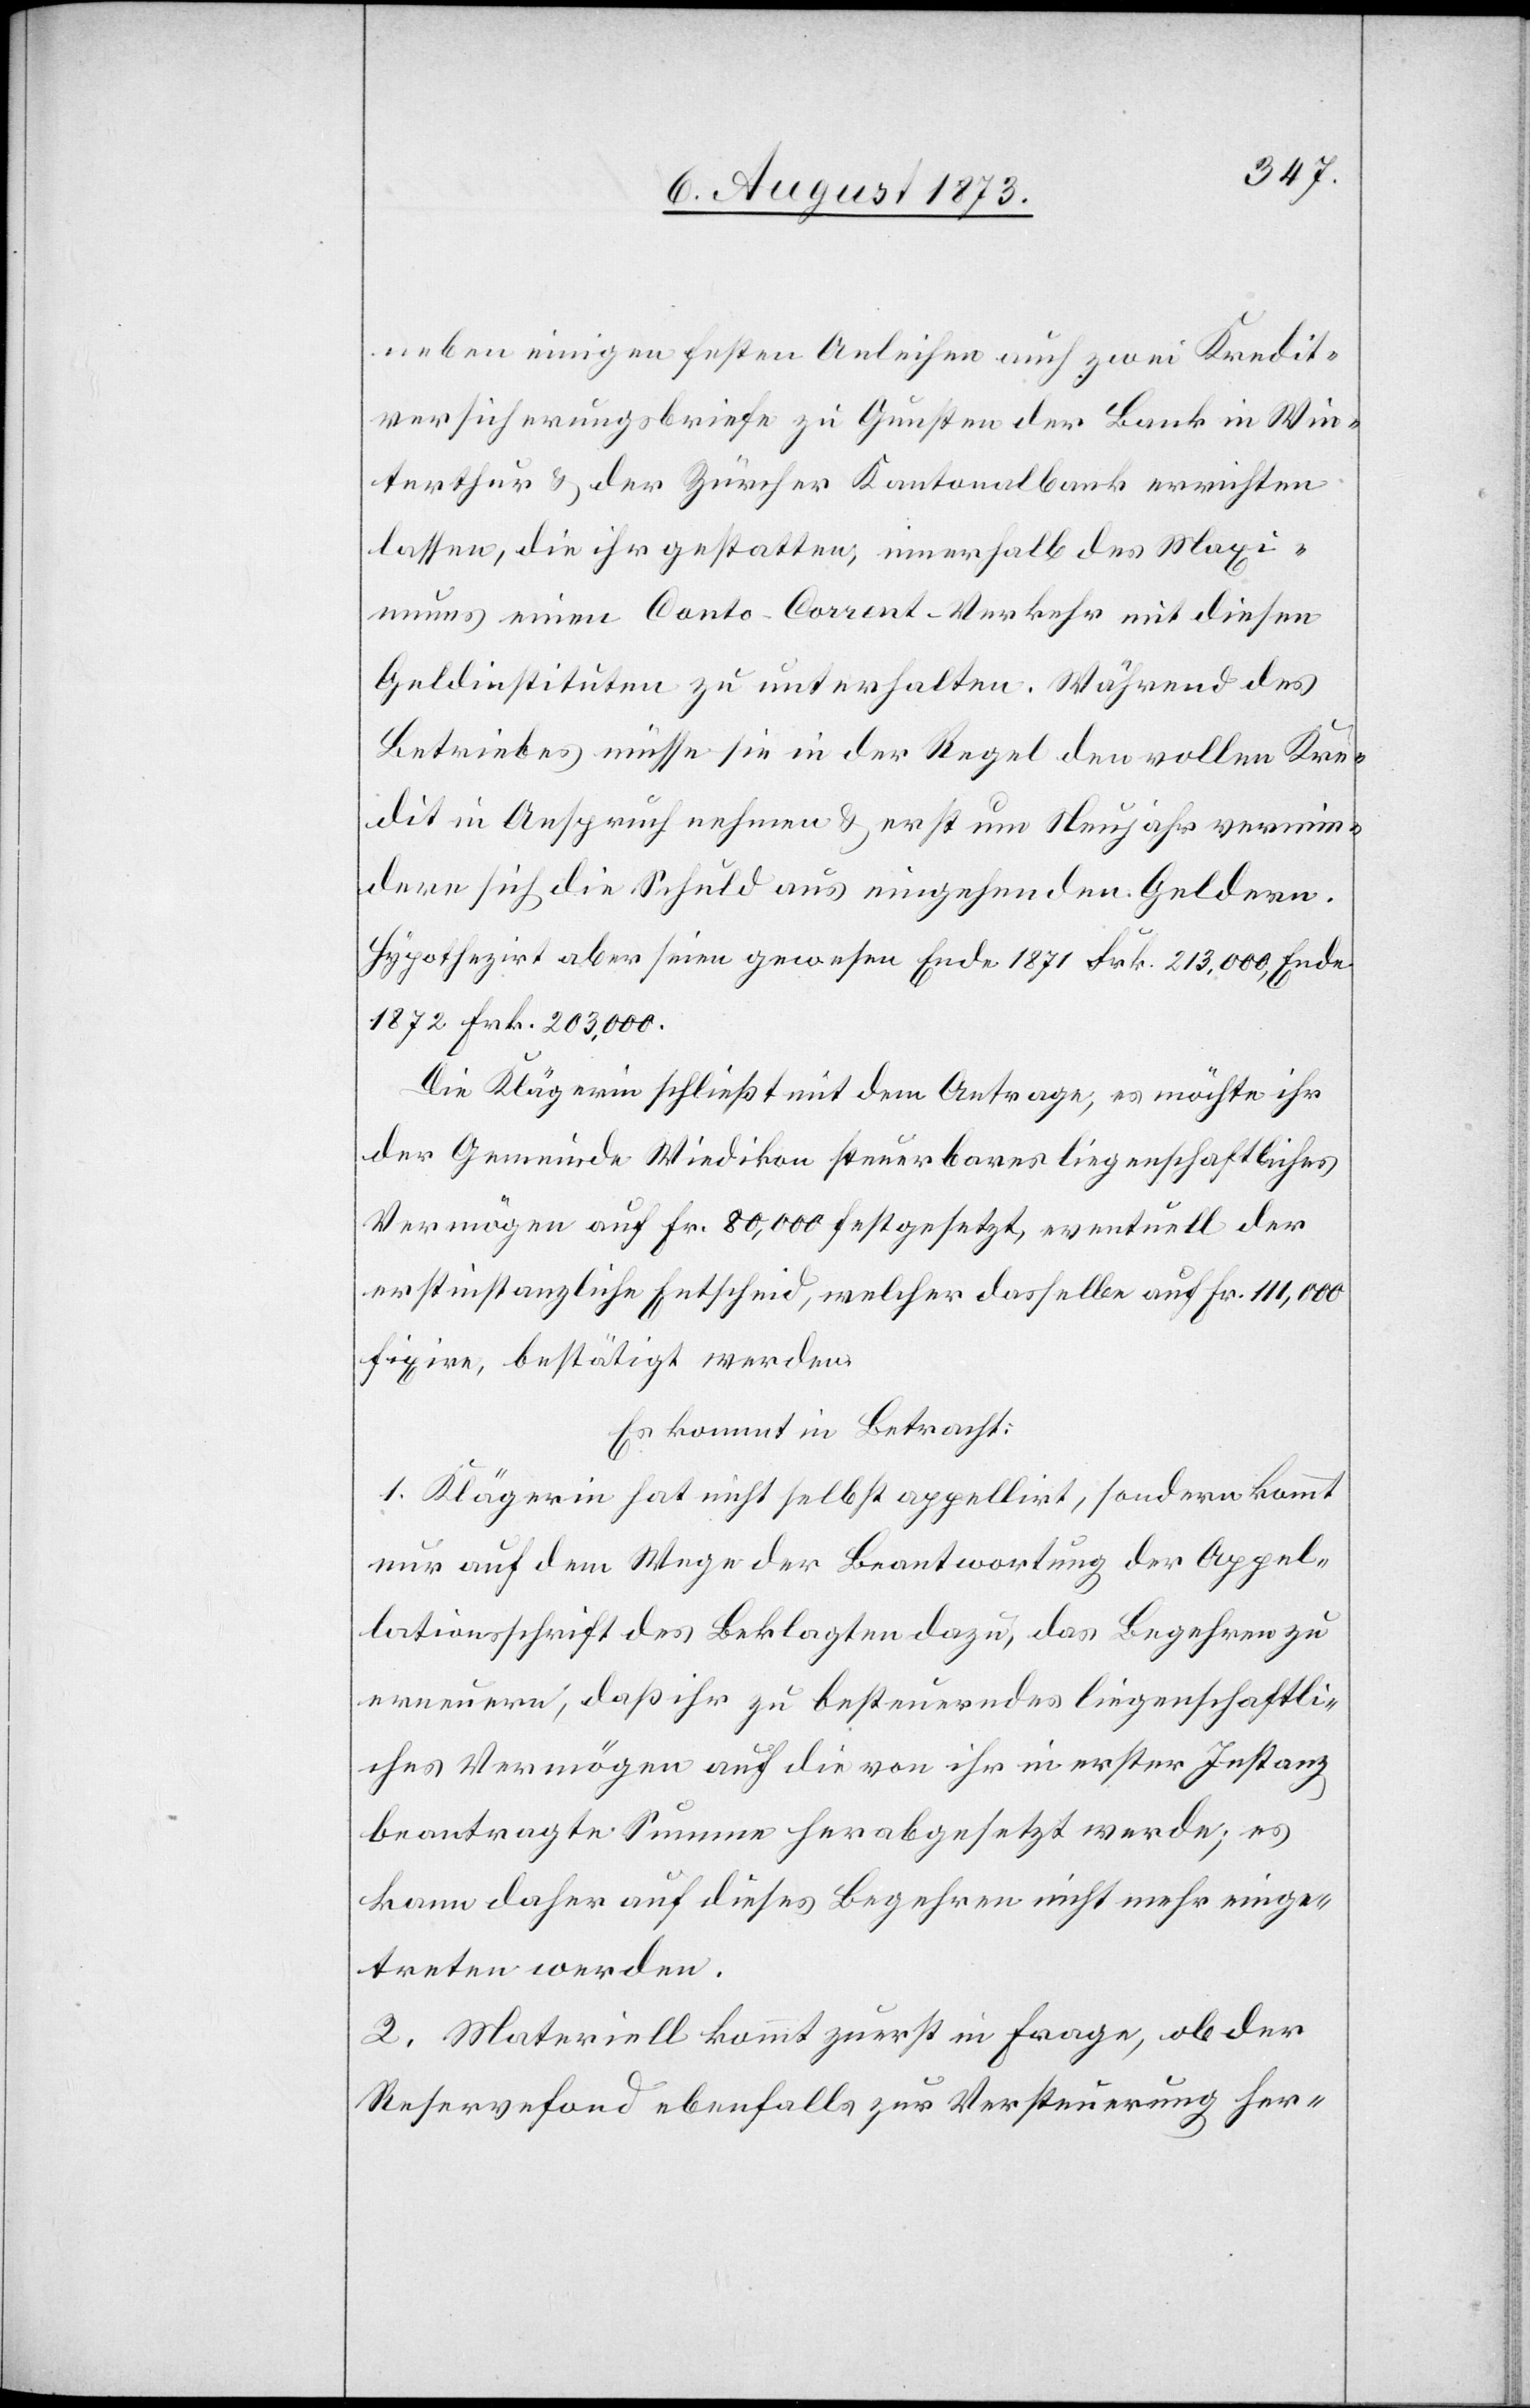
neben einigen festen Anleihen auch zwei Kredit¬
versicherungsbriefe zu Gunsten der Bank in Win¬
terthur & der Zürcher Kantonalbank errichten
lassen, die ihr gestatten, innerhalb des Maxi¬
mums einen Conto-Corrent-Verkehr mit diesen
Geldinstituten zu unterhalten. Während des
Betriebes müsse sie in der Regel den vollen Kre¬
dit in Anspruch nehmen & erst um Neujahr vermin¬
dere sich die Schuld aus eingehenden Geldern.
Hypothezirt aber seien gewesen Ende 1871 Frk. 213,000, Ende
1872 Frk. 203,000.
Die Klägerin schließt mit dem Antrage, es möchte ihr
der Gemeinde Wiedikon steuerbares liegenschaftliches
Vermögen auf Fr. 80,000 festgesetzt, eventuell der
erstinstanzliche Entscheid, welcher dasselbe auf Fr. 111,000
fixire, bestätigt werden.
Es kommt in Betracht:
1. Klägerin hat nicht selbst appellirt, sondern kommt
nur auf dem Wege der Beantwortung der Appel¬
lationsschrift des Beklagten dazu, das Begehren zu
erneuern, daß ihr zu besteuerndes liegenschaftli¬
ches Vermögen auf die von ihr in erster Instanz
beantragte Summe herabgesetzt werden; es
kann daher auf dieses Begehren nicht mehr einge¬
treten werden.
2. Materiell kommt zuerst in Frage, ob der
Reservefond ebenfalls zur Versteuerung her-